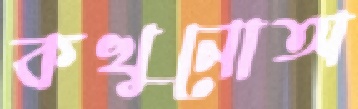
কখুনোঅ